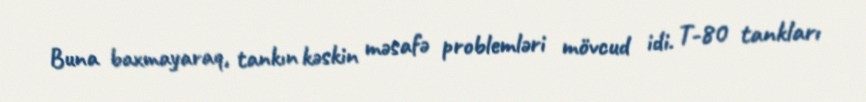
Buna baxmayaraq, tankın kəskin məsafə problemləri mövcud idi. T-80 tankları